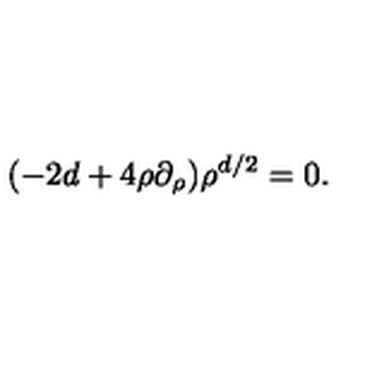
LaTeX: ( - 2 d + 4 \rho \partial _ { \rho } ) \rho ^ { d / 2 } = 0 .